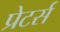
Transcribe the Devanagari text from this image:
प्रेटर्स